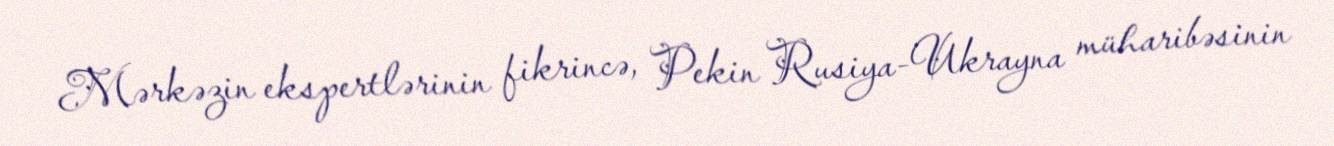
Mərkəzin ekspertlərinin fikrincə, Pekin Rusiya-Ukrayna müharibəsinin